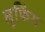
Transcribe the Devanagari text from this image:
लूफिंग